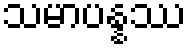
သမာပန္နဿ